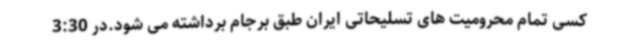
کسی تمام محرومیت های تسلیحاتی ایران طبق برجام برداشته می شود.در 3:30